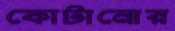
কোটানোর